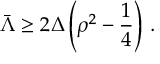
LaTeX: \bar { \Lambda } \ge 2 \Delta \left( \rho ^ { 2 } - \frac { 1 } { 4 } \right) \, .